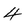
Character: 4